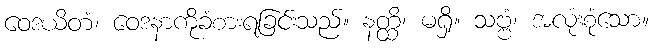
ဝေဒယိတံ၊ ဝေဒနာကိုခံစားရခြင်းသည်။ နတ္ထိ၊ မရှိ။ သဗ္ဗံ၊ အလုံးစုံသော။